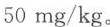
50mg/kg。